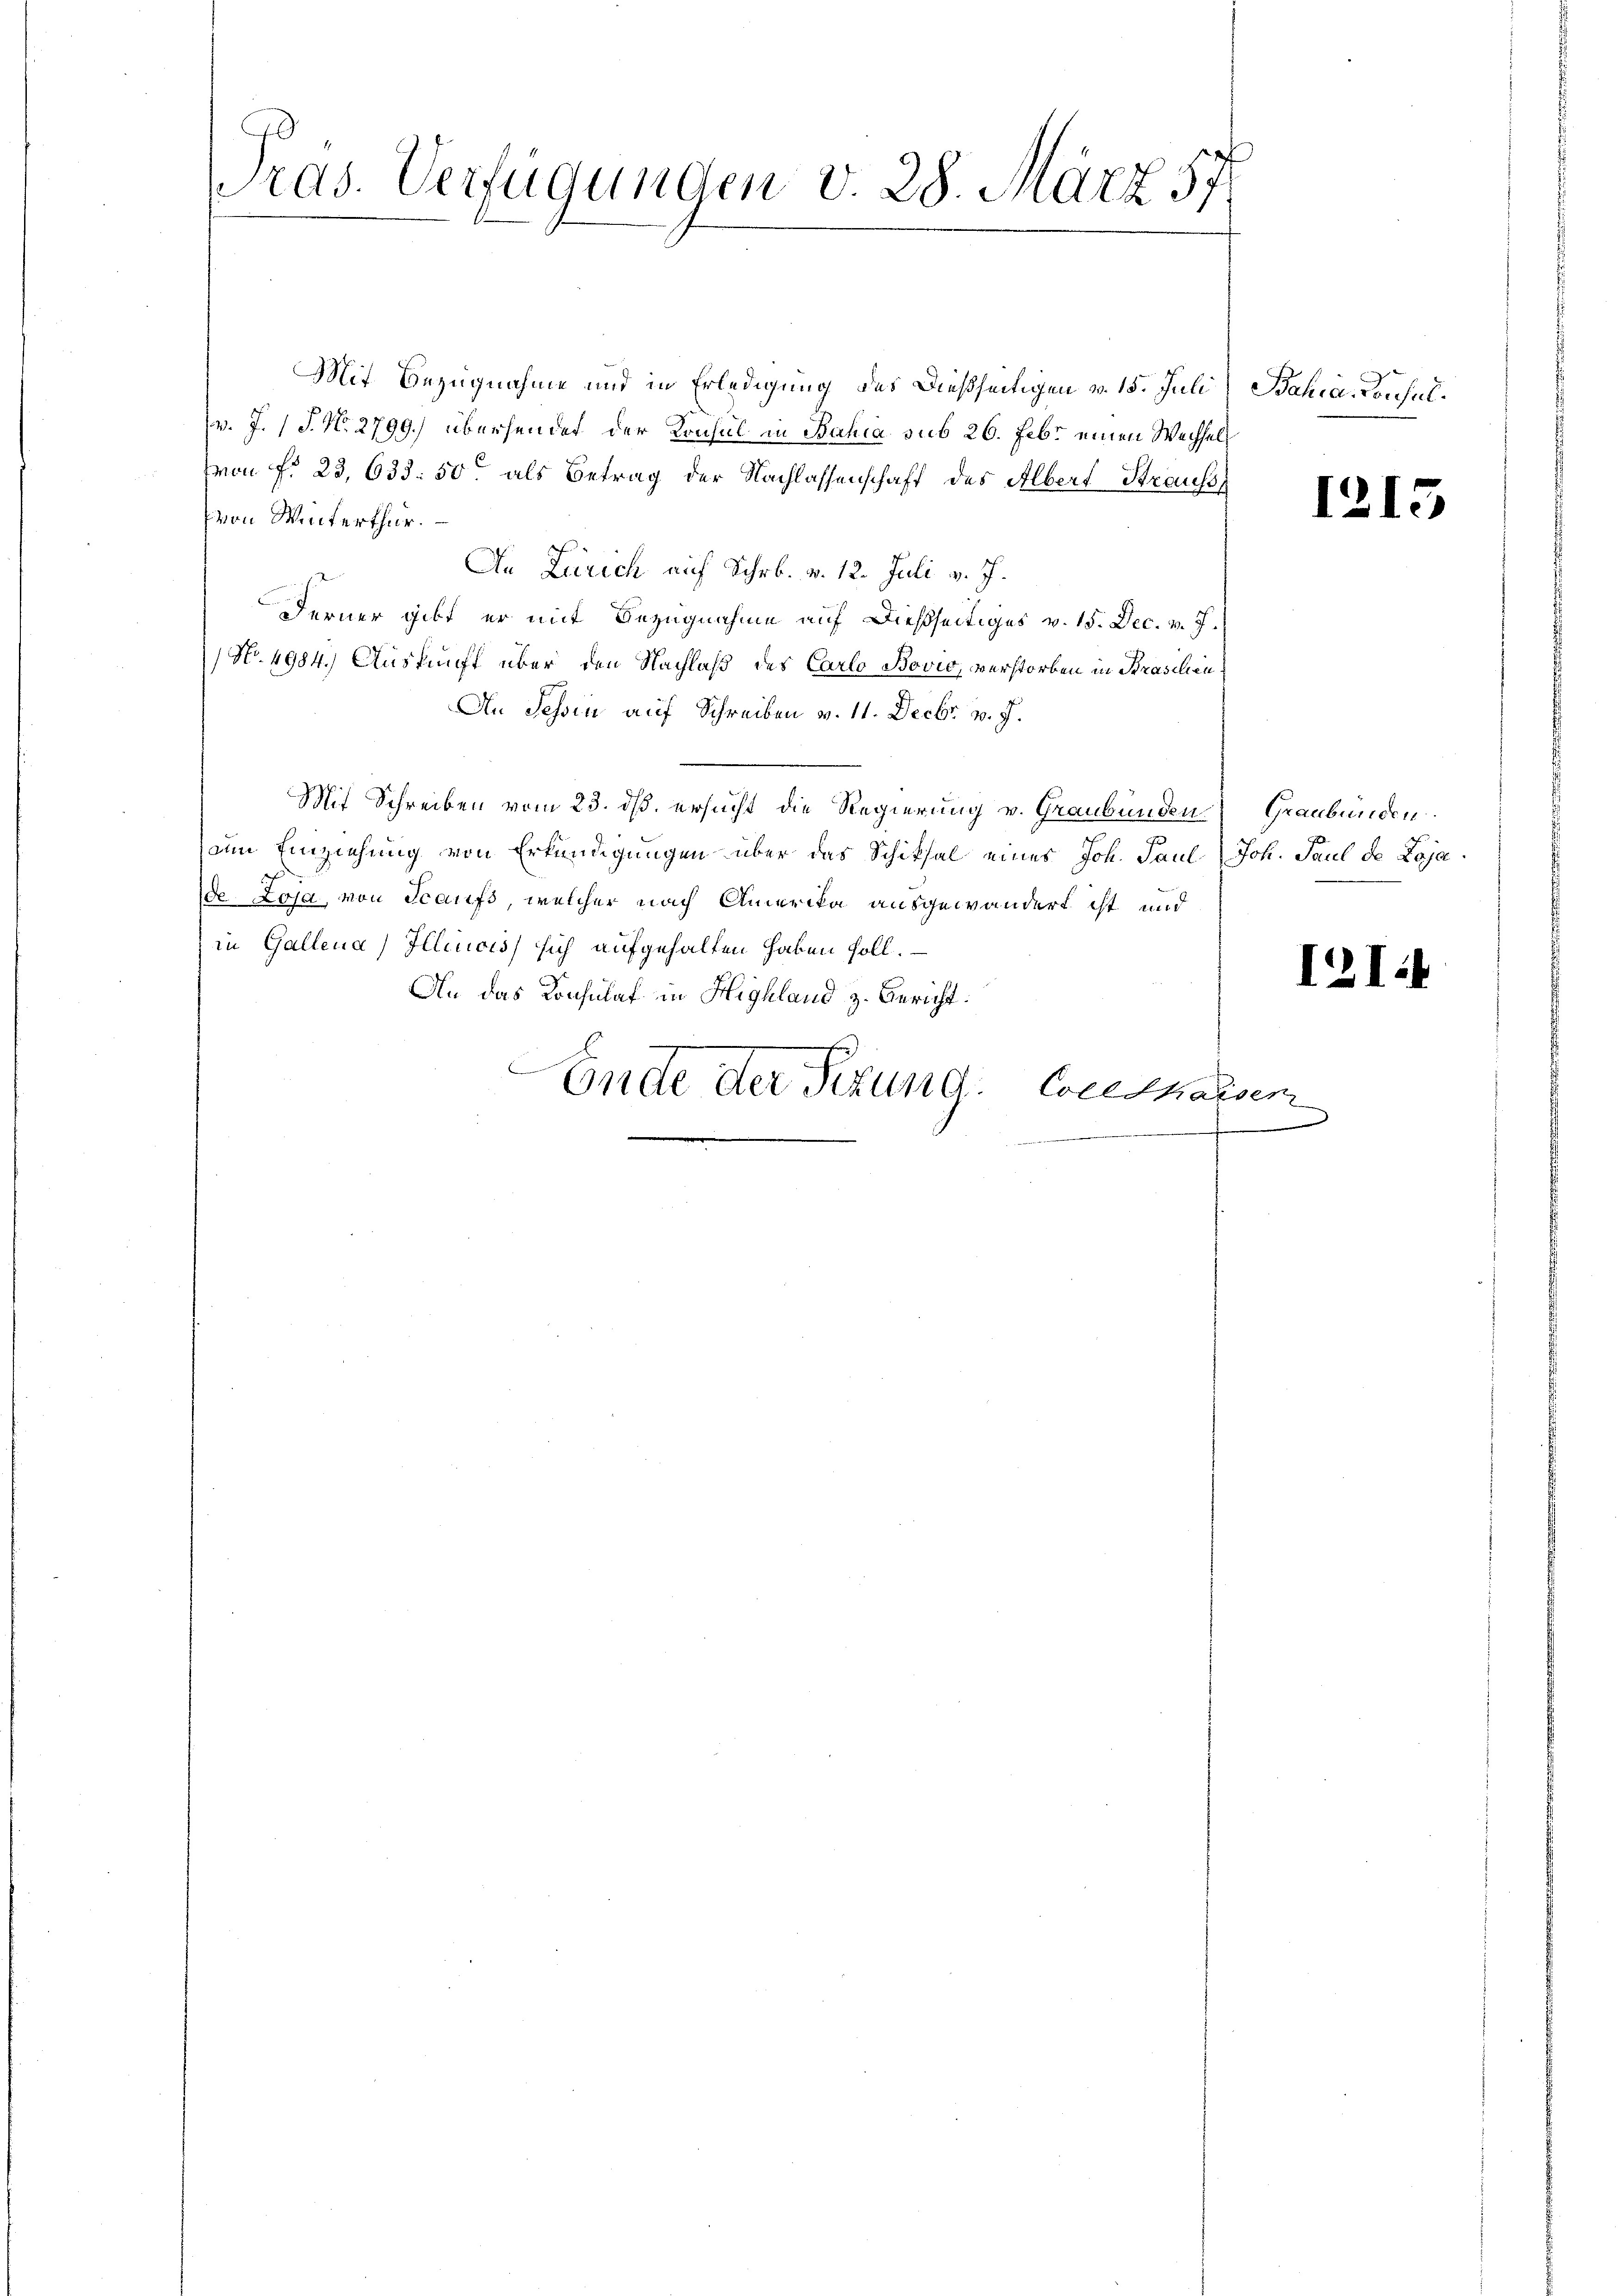
Pras. Verfügungen v. 28. März 57

Mit Bezugnahme und in Erledigung des dießseitigen v. 15. Juli, Bahia, Konsul¬
(v. J. J. No. 2799.) übersendet der Konsul in Bahia sub 26. Febr einen Wechsel
(von f. 23, 633. 50 als Betrag der Nachlassenschaft des Albert Brauss
von Winterthur.
An Zürich auf Schr. v. 12. Juli v. J.
Ferner gibt, er mit Bezugnahme auf dießseitiges v. 15. Dec. v. J.
(No. 4984.) Auskunft über den Nachlaß des Carlo Bović, verstorben in Braschen¬
An Tessin auf Schreiben v. 11. Decbr. v. J.
Mit Schreiben vom 23. ds. ersucht die Regierung v. Graubünden Graubünden.
am Einziehung von Erkundigungen über das Schiksal eines Joh. Paul, Joh. Paul de Lojae Loja, von Scaufs welcher nach Amerika ausgewandert ist und
in Gallena, Illinois sich aufgehalten haben soll.
An das Konsulaf in Highland z. Bericht.
S
Ende der Fezung.
Colldhaiser

1215

1214

e